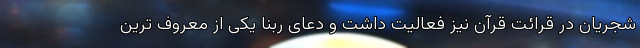
شجریان در قرائت قرآن نیز فعالیت داشت و دعای ربنا یکی از معروف ترین